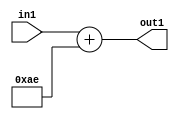
`timescale 1ps / 1ps
/*****************************************************************************
    Verilog RTL Description
    
    
    Created by: Stratus DpOpt 2019.1.01 
*******************************************************************************/

module DC_Filter_Add_12U_289_4 (
	in1,
	out1
	); /* architecture "behavioural" */ 
input [11:0] in1;
output [11:0] out1;
wire [11:0] asc001;

assign asc001 = 
	+(in1)
	+(12'B000010101110);

assign out1 = asc001;
endmodule

/* CADENCE  urn0TgA= : u9/ySgnWtBlWxVPRXgAZ4Og= ** DO NOT EDIT THIS LINE ******/